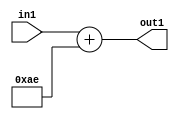
`timescale 1ps / 1ps
/*****************************************************************************
    Verilog RTL Description
    
    
    Created by: Stratus DpOpt 2019.1.01 
*******************************************************************************/

module DC_Filter_Add_12U_289_4 (
	in1,
	out1
	); /* architecture "behavioural" */ 
input [11:0] in1;
output [11:0] out1;
wire [11:0] asc001;

assign asc001 = 
	+(in1)
	+(12'B000010101110);

assign out1 = asc001;
endmodule

/* CADENCE  urn0TgA= : u9/ySgnWtBlWxVPRXgAZ4Og= ** DO NOT EDIT THIS LINE ******/